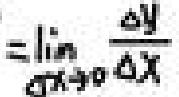
\(=\lim\limits_{\Delta x \to 0}\frac{\Delta y}{\Delta x}\)